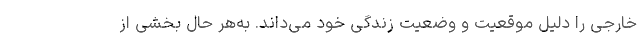
خارجی را دلیل موقعیت و وضعیت زندگی خود می‌داند. به‌هر حال بخشی از